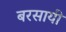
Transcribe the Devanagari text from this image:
बरसायी